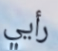
رأيي